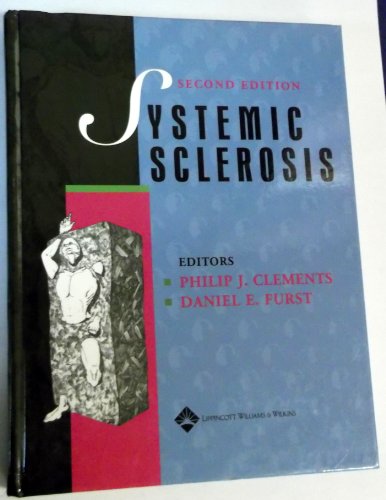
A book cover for Systemic Sclerosis; Health, Fitness & Dieting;